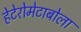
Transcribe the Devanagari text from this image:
हेटेरोमेटाबोला